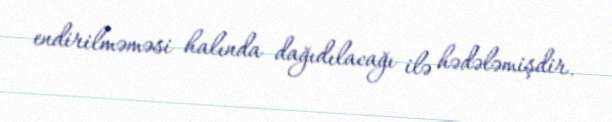
endirilməməsi halında dağıdılacağı ilə hədələmişdir.